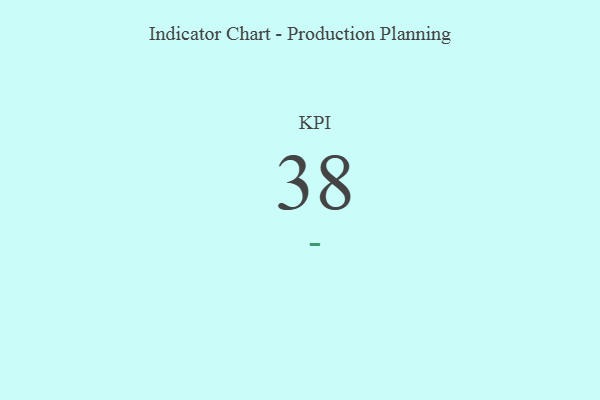
{"axis": {"x": "KPI", "y": "Value"}, "legend": [""], "data": [{"x": "KPI", "y": 38, "type": ""}]}